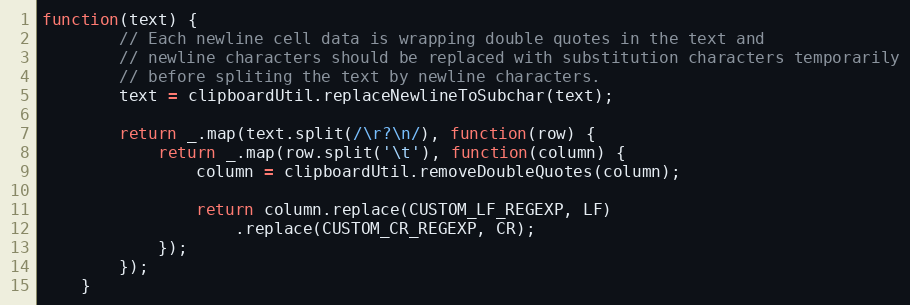
Language: JavaScript
function(text) {
        // Each newline cell data is wrapping double quotes in the text and
        // newline characters should be replaced with substitution characters temporarily
        // before spliting the text by newline characters.
        text = clipboardUtil.replaceNewlineToSubchar(text);

        return _.map(text.split(/\r?\n/), function(row) {
            return _.map(row.split('\t'), function(column) {
                column = clipboardUtil.removeDoubleQuotes(column);

                return column.replace(CUSTOM_LF_REGEXP, LF)
                    .replace(CUSTOM_CR_REGEXP, CR);
            });
        });
    }